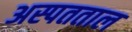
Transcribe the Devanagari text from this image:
अस्पतताल